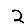
Digit: 2